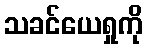
သခင်ယေရှုကို